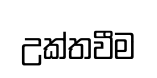
උක්තවීම